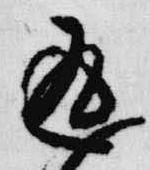
返